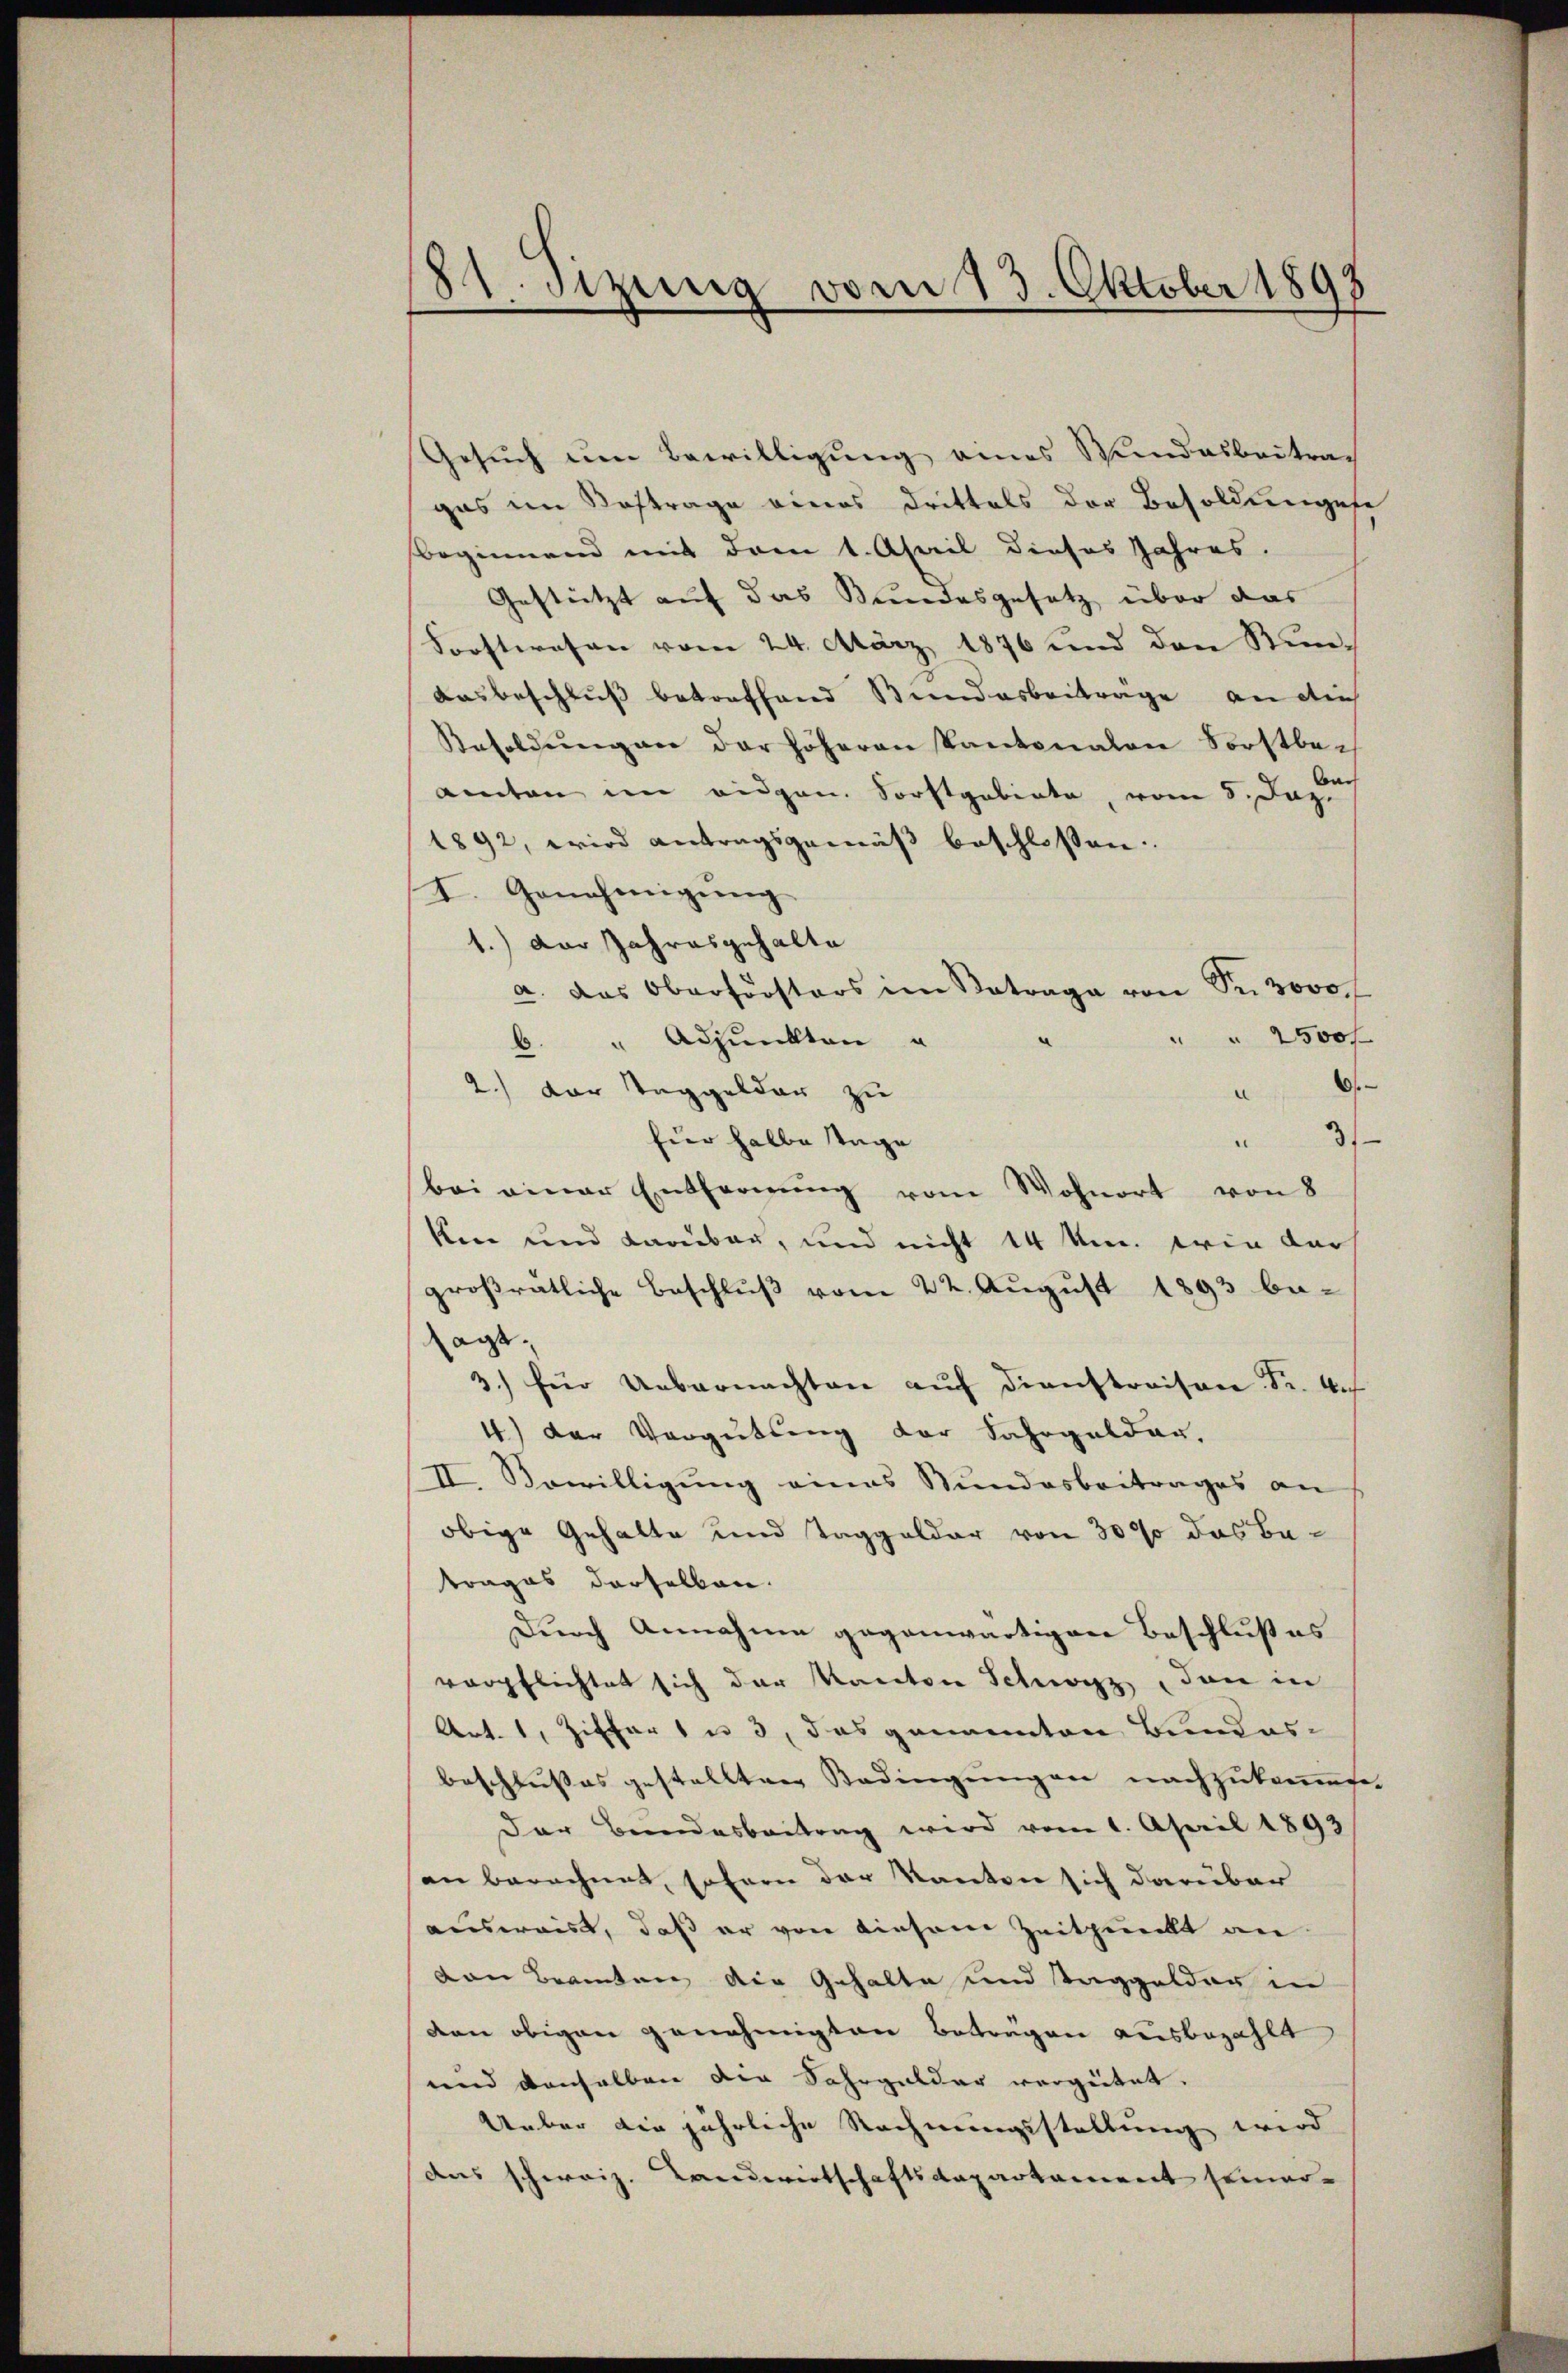
81. Sizung vom 13. Oktober 1898

Gesuch um Bewilligung eines Wundesbeitrag
gas im Softrage eines Drittels der Besoldungese
beginnend mit dem 1. April dieses Jahres.
Gestützt auf das Bundesgesetz über das
Forstwesen vom 24. März 1876 und den Stun¬
Ausbeschluß betreffend Bundesbeiträge an auch
Resoldŭng an der höheren Kantonalen Forstbe-
den
amten im eidgen. Forstgebiete, vom 8. Dez.
1892, wird antragsgemäß beschlossen
I. Genehmigŭng
1.) Der Jahresgehalte
a. Das Oberförsters im Betrage von Sr. 3000 f
" 2500 f
" Adjunkten u
2.) Der Taggelder zu
.
fier halbe Tage
31
bei einer Entfernŭng vom Wohnort von 8
ken und darüber, und nicht 14 Um. wie dar
großrätliche Beschlŭβ vom 22. August 1893 be-
sagt,
3.) für Uebernachten auf dienstraison Sr. Auf
4) der Vergütung der Fahrgelder.
II. Sewilligung eines Stundesbeitrages an
obige Gehalte und Taggelder von 30% das Batrages derselben.
Durch Annahme gegenwärtigen Beschlußes
verpflichtet sich der Kanton Schwyz, den in
Art. 1, Ziffert u. 3, das genannten Bundesbeschlusses gestellten Bedingungen nachzukommene
Der Bundesbeitrag wird vom 1. April 1893
an berechnet, sofern der Kanton sich darüber
ausweis, daß er von diesem Zeitpunkt an
von Beamten die Gehalte und Taggelder in
den obigen genehmigten Betragen ausbezahlt
und denselben die Fahrgelder vergütet.
Ueber die jährliche Rechnungsstellung wird
das schweiz. Landwirtschaftsdepartament seiner-